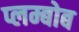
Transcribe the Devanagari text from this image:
प्लम्बोब